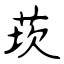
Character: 莰